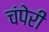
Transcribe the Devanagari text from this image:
चंपेरी